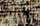
وخائف